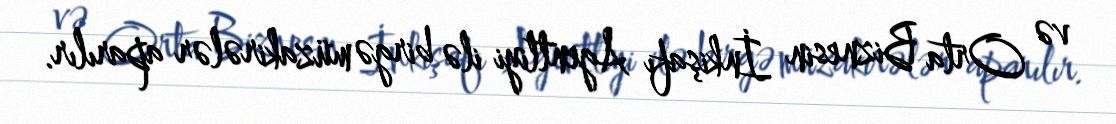
və Orta Biznesin İnkişafı Agentliyi ilə birgə müzakirələr aparılır.